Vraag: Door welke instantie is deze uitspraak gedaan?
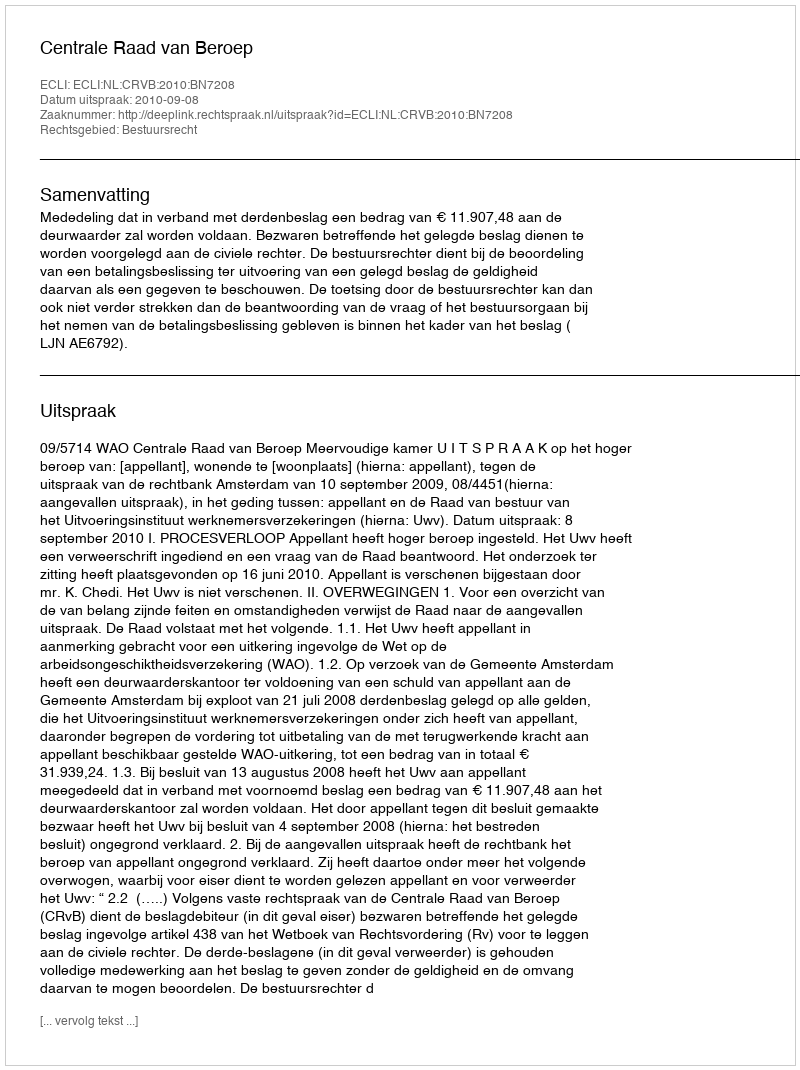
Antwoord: Centrale Raad van Beroep